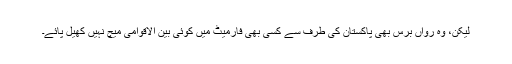
لیکن، وہ رواں برس بھی پاکستان کی طرف سے کسی بھی فارمیٹ میں کوئی بین الاقوامی میچ نہیں کھیل پائے۔